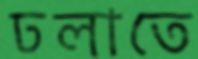
ঢলাতে